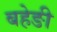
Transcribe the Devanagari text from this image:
बहेङी